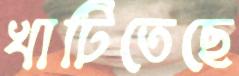
খাটিতেছে